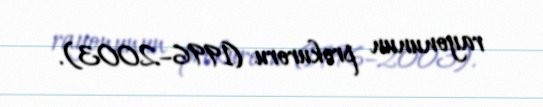
rayonunun prokuroru (1996–2003).